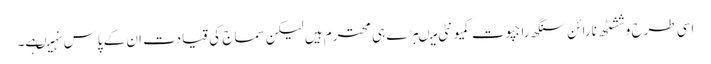
اسی طرح وششٹھ نارائن سنگھ راجپوت کمیونٹی میںبڑے ہی محترم ہیں لیکن سماج کی قیادت ا ن کے پاس نہیںہے۔